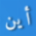
أين